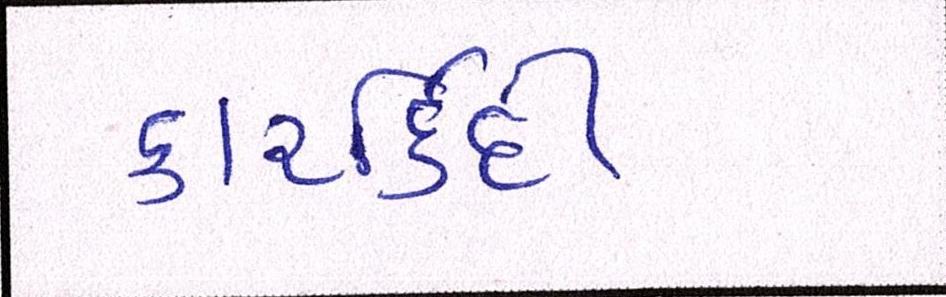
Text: કારકીર્દિ